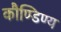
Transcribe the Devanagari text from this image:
कौण्डिण्य